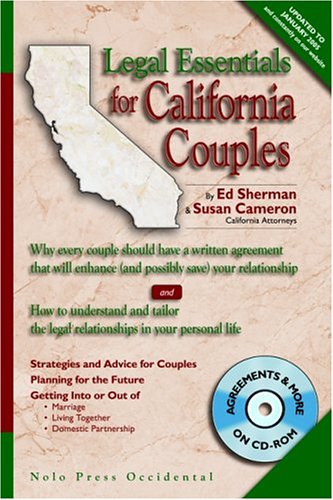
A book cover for Legal Essentials for California Couples: Why Every Couple Should Have a Written Agreement that Will Enhance (and Possibly Save) Your Relationship (Legal Essetials for California Couples); Ed Sherman; Law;